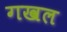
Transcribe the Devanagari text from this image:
गखल